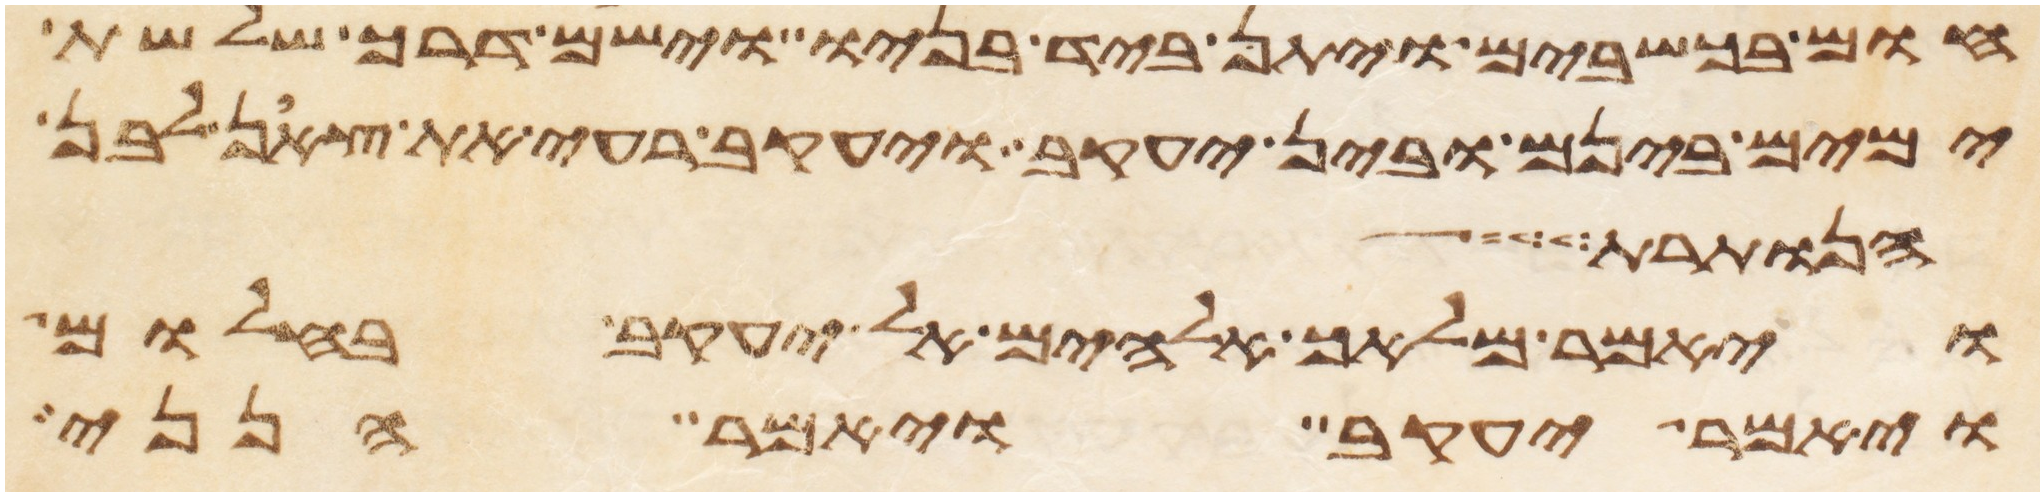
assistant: חום בכשבים ויתן ביד בניו וישם דרך שלשת
ימים בינם ובין יעקב ויעקב רעה את צאן לבן
הנותרת
ויאמר מלאך אלהים אל יעקב בחלום
ויאמר יעקב ויאמר הנני